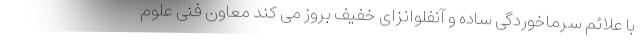
با علائم سرماخوردگی ساده و آنفلوانزای خفیف بروز می کند معاون فنی علوم